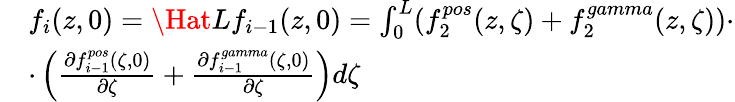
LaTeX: \begin{array}{rl}&{f_{i}(z,0)=\Hat{L}f_{i-1}(z,0)=\int_{0}^{L}(f_{2}^{pos}(z,\zeta)+f_{2}^{gamma}(z,\zeta))\cdot}\\ &{\cdot\left(\frac{\partial f_{i-1}^{pos}(\zeta,0)}{\partial\zeta}+\frac{\partial f_{i-1}^{gamma}(\zeta,0)}{\partial\zeta}\right)d\zeta}\end{array}